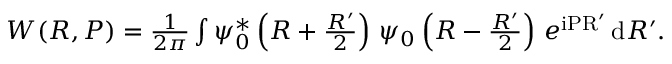
\begin{array} { r } { W ( R , P ) = \frac { 1 } { 2 \pi } \int \psi _ { 0 } ^ { * } \left( R + \frac { R ^ { \prime } } { 2 } \right) \, \psi _ { 0 } \left( R - \frac { R ^ { \prime } } { 2 } \right) \, e ^ { \mathrm { i P R ^ { \prime } } } \, \mathrm { d } R ^ { \prime } . } \end{array}